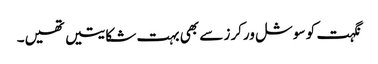
نگہت کو سوشل ورکرز سے بھی بہت شکایتیں تھیں۔